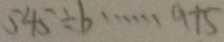
5 4 5 \div b \cdots a + 5